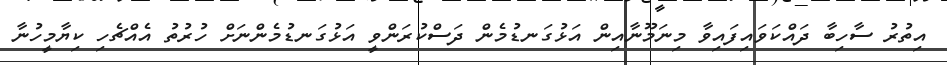
އިތުރު ސާހިބާ ދައްކަވައިފައިވާ މިނަމޫނާއިން އަޅުގަނޑުމެން ދަސްކުރަންވީ އަޅުގަނޑުމެންނަށް ހުރުތު އެއްޗެހި ކިޔާމީހުނާ